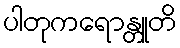
ပါတုကရောန္တူတိ